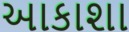
આકાશા